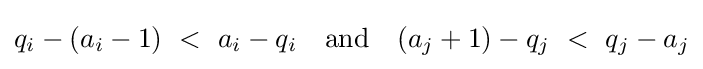
q_{i}-(a_{i}-1)~<~a_{i}-q_{i}~~{\text{ and }}~~(a_{j}+1)-q_{j}~<~q_{j}-a_{j}